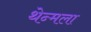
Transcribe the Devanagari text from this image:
थेन्मला